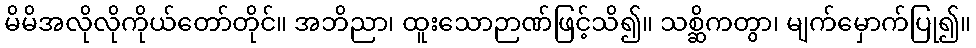
မိမိအလိုလိုကိုယ်တော်တိုင်။ အဘိညာ၊ ထူးသောဉာဏ်ဖြင့်သိ၍။ သစ္ဆိကတွာ၊ မျက်မှောက်ပြု၍။